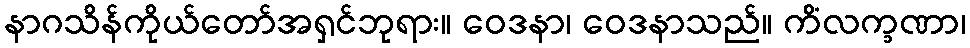
နာဂသိန်ကိုယ်တော်အရှင်ဘုရား။ ဝေဒနာ၊ ဝေဒနာသည်။ ကိံလက္ခဏာ၊